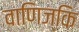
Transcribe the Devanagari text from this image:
वाणिज्कि